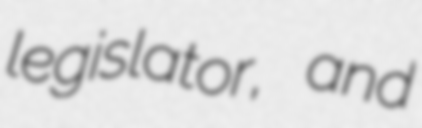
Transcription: legislator, and